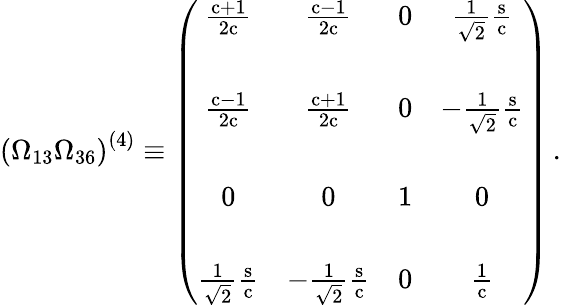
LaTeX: \left(\Omega_{13}\Omega_{36}\right)^{(4)}\equiv\left(\begin{array}{cccc}{{\frac{\mathrm{c}+1}{2\mathrm{c}}}}&{{\frac{\mathrm{c}-1}{2\mathrm{c}}}}&{{0}}&{{\frac{1}{\sqrt{2}}\frac{\mathrm{s}}{\mathrm{c}}}}\\ {{}}&{{}}&{{}}&{{}}\\ {{\frac{\mathrm{c}-1}{2\mathrm{c}}}}&{{\frac{\mathrm{c}+1}{2\mathrm{c}}}}&{{0}}&{{-\frac{1}{\sqrt{2}}\frac{\mathrm{s}}{\mathrm{c}}}}\\ {{}}&{{}}&{{}}&{{}}\\ {{0}}&{{0}}&{{1}}&{{0}}\\ {{}}&{{}}&{{}}&{{}}\\ {{\frac{1}{\sqrt{2}}\frac{\mathrm{s}}{\mathrm{c}}}}&{{-\frac{1}{\sqrt{2}}\frac{\mathrm{s}}{\mathrm{c}}}}&{{0}}&{{\frac{1}{\mathrm{c}}}}\end{array}\right)\, .